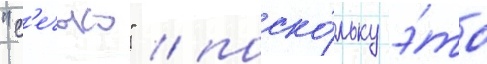
"с'ечью" / поско́льку э́то